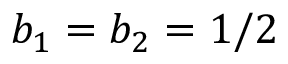
b _ { 1 } = b _ { 2 } = 1 / 2